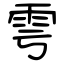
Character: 雩